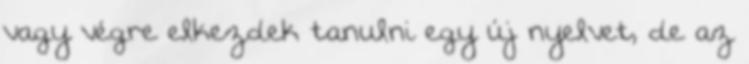
vagy végre elkezdek tanulni egy új nyelvet, de az